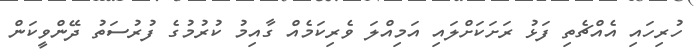
ހުރިހައި އެއްޗެތި ފަޅު ރަށަކަށްލައި އަމިއްލަ ވެރިކަމެއް ގާއިމު ކުރުމުގެ ފުރުސަތު ދޭންވީކަން